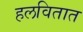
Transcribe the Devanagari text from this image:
हलवितात